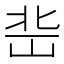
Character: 𡷒